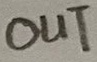
Text: OUT